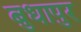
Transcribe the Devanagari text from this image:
बुधापुर